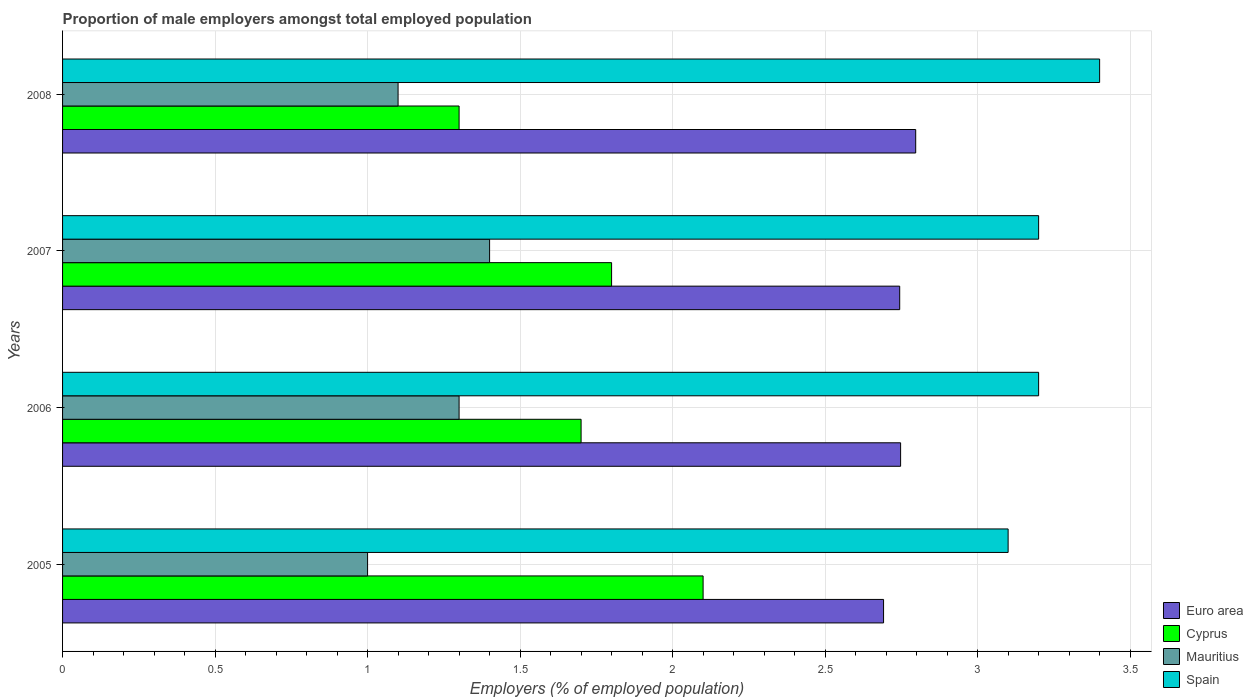
| Years | Euro area | Cyprus | Mauritius | Spain |
 | --- | --- | --- | --- | --- |
 | 2005 | 2.69 | 2.1 | 1 | 3.1 |
 | 2006 | 2.75 | 1.7 | 1.3 | 3.2 |
 | 2007 | 2.74 | 1.8 | 1.4 | 3.2 |
 | 2008 | 2.8 | 1.3 | 1.1 | 3.4 |